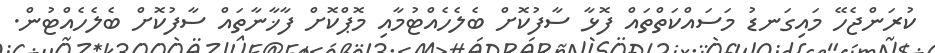
ކުރަންޖެހޭ މައިގަނޑު މަސައްކަތްތައް ފޮޅާ ސާފުކޮށް ބެލެހެއްޓުމާއި މޮޕްކޮށް ފާޚާނާތައް ސާފުކޮށް ބެލެހެއްޓުން.